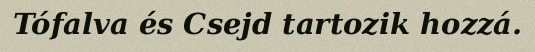
Tófalva és Csejd tartozik hozzá.